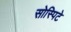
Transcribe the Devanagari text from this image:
सोस्पिटे